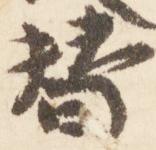
替